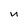
Character: U